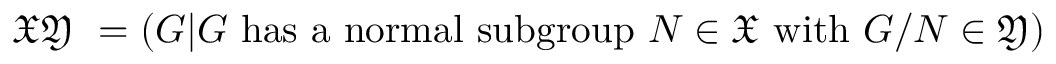
{ \mathfrak { X } } { \mathfrak { Y } } ~ = ( G | G { \mathrm { ~ h a s ~ a ~ n o r m a l ~ s u b g r o u p ~ } } N \in { \mathfrak { X } } { \mathrm { ~ w i t h ~ } } G / N \in { \mathfrak { Y } } )